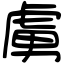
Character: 虜